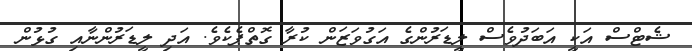
ޝެޓްސް އަކީ އަބަދުވެސް ލީޑަރުންގެ އަގުވަޒަން ކުރާ ގޮތްޕެކެވެ. އަދި ލީޑަރުންނާއި ގުޅުން